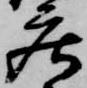
庄